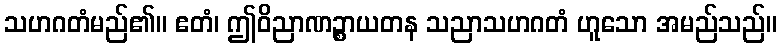
သဟဂတံမည်၏။ ဧတံ၊ ဤဝိညာဏဉ္စာယတန သညာသဟဂတံ ဟူသော အမည်သည်။